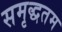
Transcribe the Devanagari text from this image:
समृद्धतम